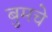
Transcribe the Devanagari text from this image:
बुमचे